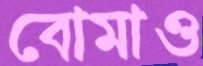
বোমাও